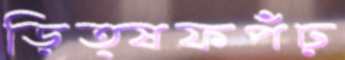
ড়িত্ষফপঁঢ়